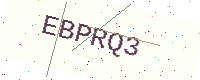
Text: EBPRQ3